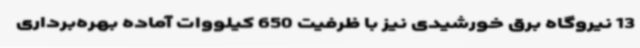
13 نیروگاه برق خورشیدی نیز با ظرفیت 650 کیلووات آماده بهره‌برداری